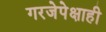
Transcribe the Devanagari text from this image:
गरजेपेक्षाही